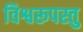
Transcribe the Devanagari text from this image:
विश्वरूपस्तु